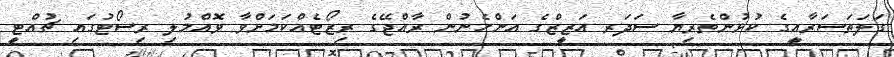
ގަލަތަސަރާއީގެ ކުޅުންތެރިޔާ ސަދަރ އަޒީޒްގެ އަންހެނުން ރާއްޖޭގެ ރިޒޯޓެއްކަމަށްވާ ވޮއްމުލި ރިސޯޓުގައި ޗުއްޓީ